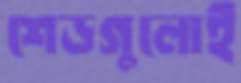
শেডগুলোই